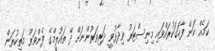
ކަމެއް ކަން ފާހަގަކުރައްވައި މިނިސްޓަރު ވިދާޅުވީ ދަރިވަރުންނަށް ދޭ ތައުލީމްގެ ފެންވަރު މަތިކުރަން